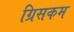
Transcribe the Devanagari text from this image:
ग्रिसकम